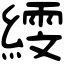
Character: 𦅙